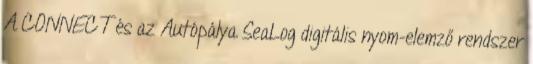
A CONNECT és az Autópálya SeaLog digitális nyom-elemző rendszer